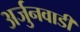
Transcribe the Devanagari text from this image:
अर्जुनवाडी